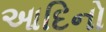
આદિનો